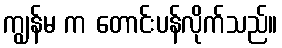
ကျွန်မ က တောင်းပန်လိုက်သည်။